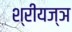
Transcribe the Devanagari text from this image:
श्रीयज्ञ